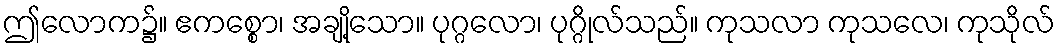
ဤလောက၌။ ဧကစ္စော၊ အချို့သော။ ပုဂ္ဂလော၊ ပုဂ္ဂိုလ်သည်။ ကုသလာ ကုသလေ၊ ကုသိုလ်